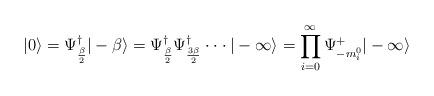
LaTeX: \begin{align*}|0 \rangle = \Psi_{\beta \over 2}^{\dagger} |-\beta \rangle=\Psi_{\beta \over 2}^{\dagger} \Psi_{3 \beta \over 2}^{\dagger}\cdot \cdot \cdot | - \infty \rangle = \prod_{i=0}^{\infty} \Psi^{+}_{-m_i^{0}} | - \infty \rangle\end{align*}